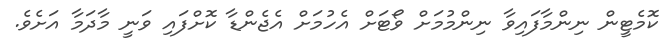
ކޮމެޓީން ނިންމާފައިވާ ނިންމުމަށް ވޯޓަށް އެހުމަށް އެޖެންޑާ ކޮށްފައި ވަނީ މާދަމާ އަށެވެ.